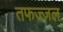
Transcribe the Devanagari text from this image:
तफज्ज़ल